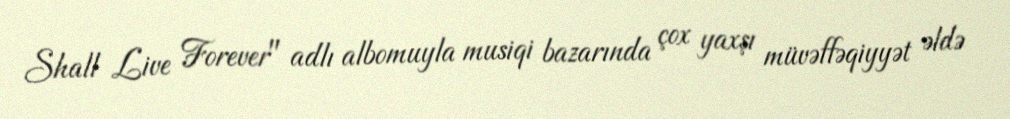
Shall Live Forever" adlı albomuyla musiqi bazarında çox yaxşı müvəffəqiyyət əldə